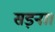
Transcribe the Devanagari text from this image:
सड़ना।